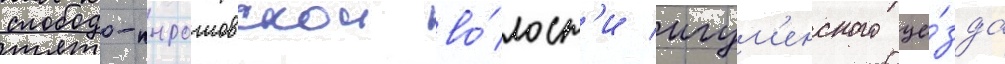
слободо-пырошовскои во́лост'и игум'енского уе́зда